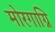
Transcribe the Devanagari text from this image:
मोरगाग्नि